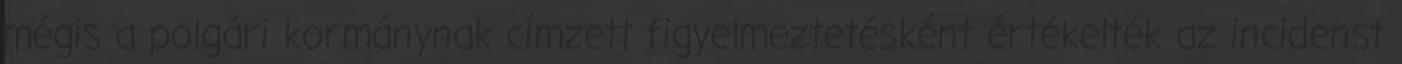
mégis a polgári kormánynak címzett figyelmeztetésként értékelték az incidenst